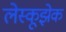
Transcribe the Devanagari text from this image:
लेस्कूझेक